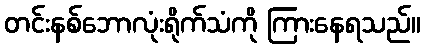
တင်းနစ်ဘောလုံးရိုက်သံကို ကြားနေရသည်။